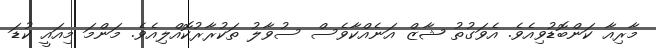
މާރިއާ ކަންބޮޑުވިއެވެ. އެވަގުތު ޝާޒް އަނެއްކާވެސް ސުވާލު ތަކުރާރުކޮއްލިއެވެ. މަންމަ މިއައީ ކުޑަ